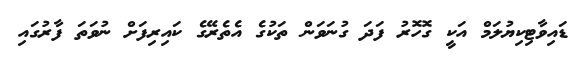
ޑައިވާޓިކިޔުލަމް އަކީ ގޮހޮރު ފަދަ ގުނަވަން ތަކުގެ އެތެރޭގެ ކައިރިފަށް ނުވަތަ ފާރުގައި